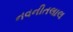
નવનીતલાલ